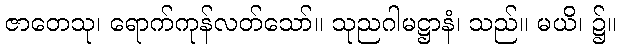
ဇာတေသု၊ ရောက်ကုန်လတ်သော်။ သုညဂါမဋ္ဌာနံ၊ သည်။ မယိ၊ ၌။